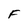
Character: F